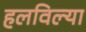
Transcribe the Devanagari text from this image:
हलविल्या